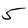
Character: 5